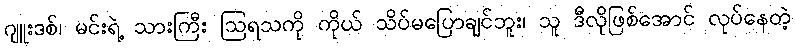
ဂျူးဒစ်၊ မင်းရဲ့ သားကြီး ဩရသကို ကိုယ် သိပ်မပြောချင်ဘူး၊ သူ ဒီလိုဖြစ်အောင် လုပ်နေတဲ့